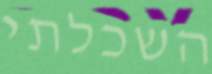
השכלתי